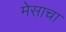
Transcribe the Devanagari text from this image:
मेसाचा